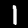
Digit: 1